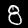
Digit: 8